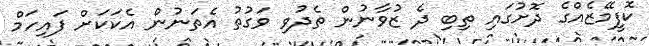
ކޮފީމޭޒެއްގެ ދޮށުގައި ތިބި ދެ ޒުވާނުން ތެދުވި ވަގުތު އެތަނުން އެކަކަށް ފައިހަމް